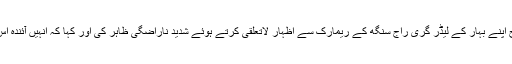
20اپریل(سیاست ڈاٹ کام ) بی جے پی نے آج اپنے بہار کے لیڈر گری راج سنگھ کے ریمارک سے اظہار لاتعلقی کرتے ہوئے شدید ناراضگی ظاہر کی اور کہا کہ انہیں آئندہ اس طرح کے ریمارکس سے باز آجانا چاہیئے ۔